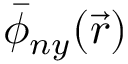
\bar { \phi } _ { n y } ( \vec { r } )